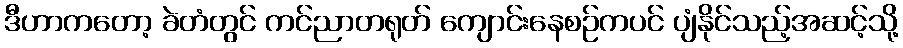
ဒီဟာကတော့ ခဲတံတွင် ကင်ညာတရုတ် ကျောင်းနေစဉ်ကပင် ပျံနိုင်သည့်အဆင့်သို့